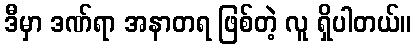
ဒီမှာ ဒဏ်ရာ အနာတရ ဖြစ်တဲ့ လူ ရှိပါတယ်။